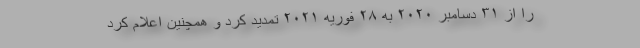
را از ۳۱ دسامبر ۲۰۲۰ به ۲۸ فوریه ۲۰۲۱ تمدید کرد و همچنین اعلام کرد